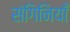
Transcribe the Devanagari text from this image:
संगिनियाँ